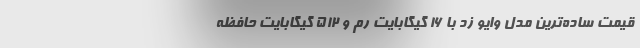
قیمت ساده‌ترین مدل وایو زد با ۱۶ گیگابایت رم و ۵۱۲ گیگابایت حافظه